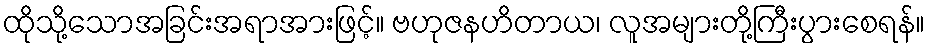
ထိုသို့သောအခြင်းအရာအားဖြင့်။ ဗဟုဇနဟိတာယ၊ လူအများတို့ကြီးပွားစေရန်။